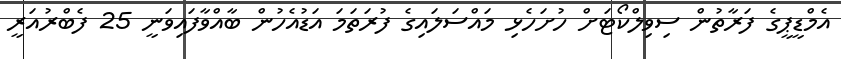
އެމްޑީޕީގެ ފަރާތުން ސިވިލްކޯޓަށް ހުށަހެޅި މައްސަލައިގެ ފުރަތަމަ އަޑުއެހުން ބާއްވާފައިވަނީ 25 ފެބްރުއަރީ